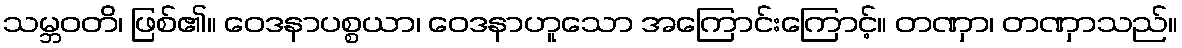
သမ္ဘဝတိ၊ ဖြစ်၏။ ဝေဒနာပစ္စယာ၊ ဝေဒနာဟူသော အကြောင်းကြောင့်။ တဏှာ၊ တဏှာသည်။